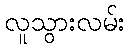
လူသွားလမ်း